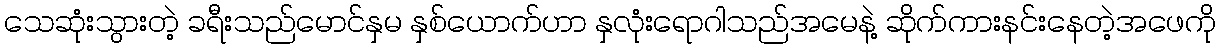
သေဆုံးသွားတဲ့ ခရီးသည်မောင်နှမ နှစ်ယောက်ဟာ နှလုံးရောဂါသည်အမေနဲ့ ဆိုက်ကားနင်းနေတဲ့အဖေကို